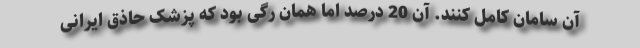
آن سامان کامل کنند. آن 20 درصد اما همان رگی بود که پزشک حاذق ایرانی